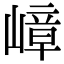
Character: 嶂